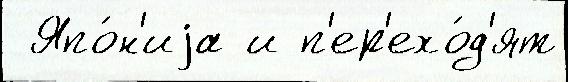
 Япо́н'иjа и п'ер'ехо́д'ят